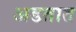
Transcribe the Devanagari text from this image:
अडतात